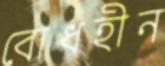
বোধহীন